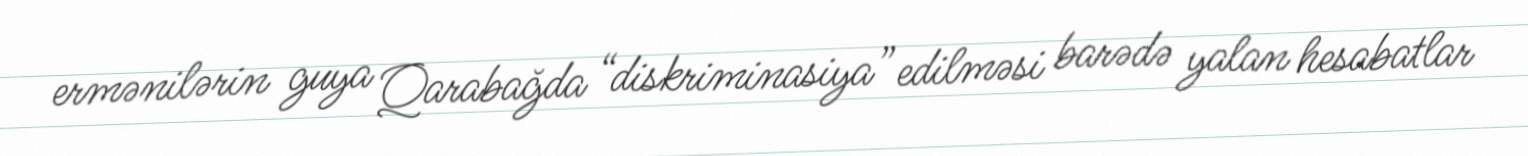
ermənilərin guya Qarabağda “diskriminasiya” edilməsi barədə yalan hesabatlar